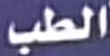
الطب